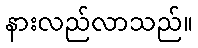
နားလည်လာသည်။